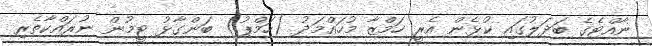
ނާއްޓެގެ ބަދަލުގައި ކުޅެން އެރީ ހަމްޒާ މުހައްމަދު (ހަމްޕު) ބަންގާޅު ޓީމުން ނުރައްކާތެރި